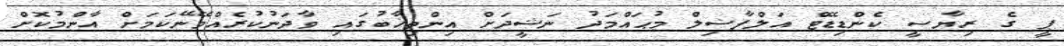
ޕީ ގެ ރިޔާސީ ކެންޑިޑޭޓް އަލްފާޟިލް މުޙައްމަދު ނަޝީދަށް އިންތިޚާބުގައި ވާދަނުކުރެއްވޭނޭކަމަށް އާންމުކޮށް